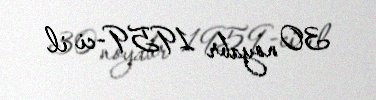
30 noyabr 1959-ci il